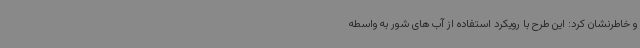
و خاطرنشان کرد: این طرح با رویکرد استفاده از آب های شور به واسطه